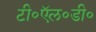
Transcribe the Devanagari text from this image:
टी॰ऍल॰डी॰